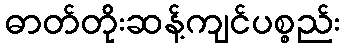
ဓာတ်တိုးဆန့်ကျင်ပစ္စည်း